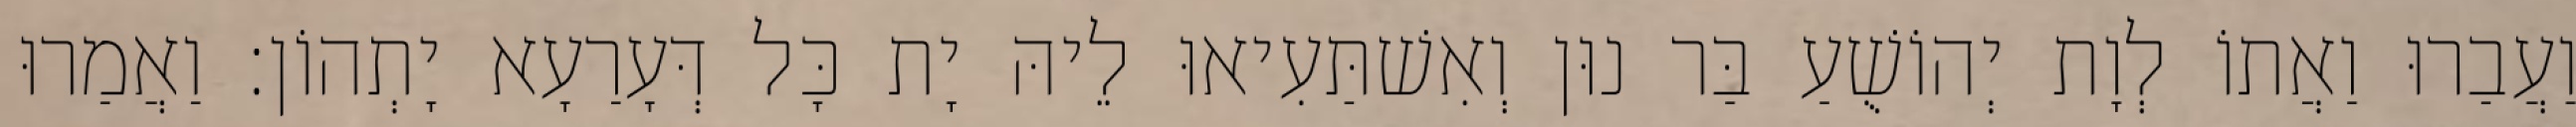
וַעֲבַרוּ וַאֲתוֹ לְוָת יְהוֹשֻׁעַ בַּר נוּן וְאִשׁתַּעִיאוּ לֵיהּ יָת כָּל דְּעָרַעָא יָתְהוֹן׃ וַאֲמַרוּ